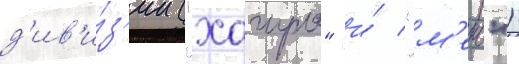
д'ив'и́з'ии ("хагуро" и́ "м'еко")